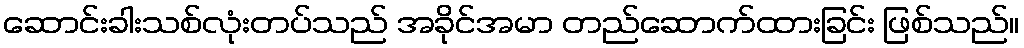
ဆောင်းခါးသစ်လုံးတပ်သည် အခိုင်အမာ တည်ဆောက်ထားခြင်း ဖြစ်သည်။